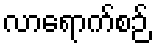
လာရောက်စဉ်